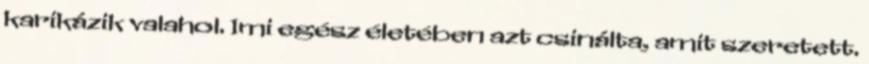
karikázik valahol. Imi egész életében azt csinálta, amit szeretett.